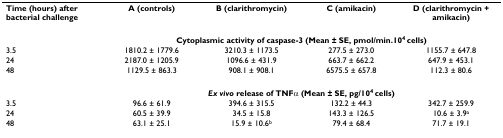
| Time (hours) after bacterial challenge | A (controls) | B (clarithromycin) | C (amikacin) | D (clarithromycin + amikacin) |
 |  | <COLSPAN=4> Cytoplasmic activity of caspase-3 (Mean ± SE, pmol/min.104 cells) |
 | 3.5 | 1810.2 ± 1779.6 | 3210.3 ± 1173.5 | 277.5 ± 273.0 | 1155.7 ± 647.8 |
 | 24 | 2187.0 ± 1205.9 | 1096.6 ± 431.9 | 663.7 ± 662.2 | 647.9 ± 453.1 |
 | 48 | 1129.5 ± 863.3 | 908.1 ± 908.1 | 6575.5 ± 657.8 | 112.3 ± 80.6 |
 | --- | --- | --- | --- | --- |
 |  | <COLSPAN=4> Ex vivo release of TNFα (Mean ± SE, pg/104 cells) |
 | 3.5 | 96.6 ± 61.9 | 394.6 ± 315.5 | 132.2 ± 44.3 | 342.7 ± 259.9 |
 | 24 | 60.5 ± 39.9 | 34.5 ± 15.8 | 143.3 ± 126.5 | 10.6 ± 3.9a |
 | 48 | 63.1 ± 25.1 | 15.9 ± 10.6b | 79.4 ± 68.4 | 71.7 ± 19.1 |